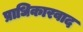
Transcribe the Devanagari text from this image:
प्राधिकारवाद